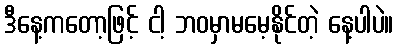
ဒီနေ့ကတော့ဖြင့် ငါ့ ဘဝမှာမမေ့နိုင်တဲ့ နေ့ပါပဲ။